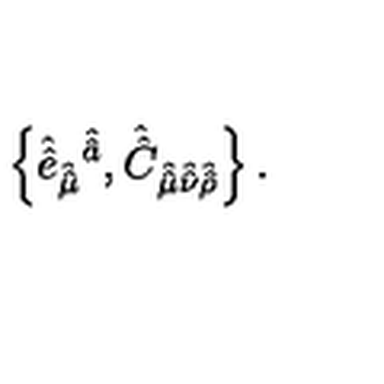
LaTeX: \left\{ \hat { \hat { e } } _ { \hat { \hat { \mu } } } { } ^ { \hat { \hat { a } } } , \hat { \hat { C } } _ { \hat { \hat { \mu } } \hat { \hat { \nu } } \hat { \hat { \rho } } } \right\} .